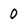
Character: 0